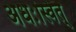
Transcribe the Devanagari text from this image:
अधःस्वित्